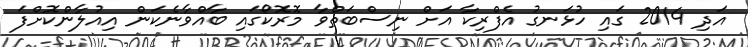
އަދި 2014 ގައި ހުޅަނގު އެފްރިކާ އަށް ނިސްބަތްވާ މޮރޮކޯގައި ބާއްވާނެކަން އިއުލާންކޮށްފަ